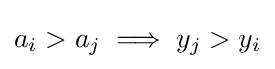
a_{i}>a_{j}\implies y_{j}>y_{i}